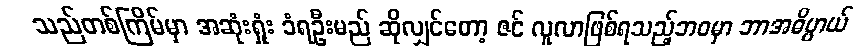
သည်တစ်ကြိမ်မှာ အဆုံးရှုံး ခံရဦးမည် ဆိုလျှင်တော့ ဇင် လူလာဖြစ်ရသည့်ဘဝမှာ ဘာအဓိပ္ပာယ်